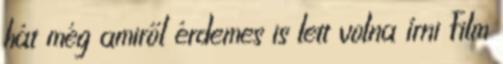
hát még amiről érdemes is lett volna írni Film